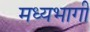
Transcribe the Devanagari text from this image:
मध्‍यभागी